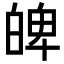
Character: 𤽹